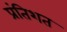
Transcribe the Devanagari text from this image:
प्रंतिशत